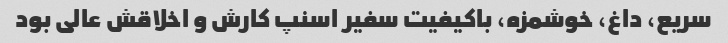
سریع، داغ، خوشمزه، باکیفیت سفیر اسنپ کارش و اخلاقش عالی بود